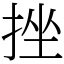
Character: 挫